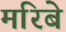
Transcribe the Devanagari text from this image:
मरिबे